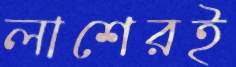
লাশেরই